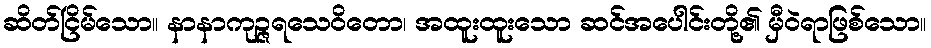
ဆိတ်ငြိမ်သော။ နာနာကုဉ္ဇရသေဝိတော၊ အထူးထူးသော ဆင်အပေါင်းတို့၏ မှီဝဲရာဖြစ်သော။